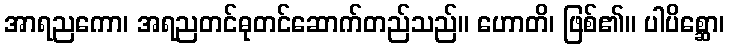
အာရညကော၊ အရညတင်ဓုတင်ဆောက်တည်သည်။ ဟောတိ၊ ဖြစ်၏။ ပါပိစ္ဆော၊